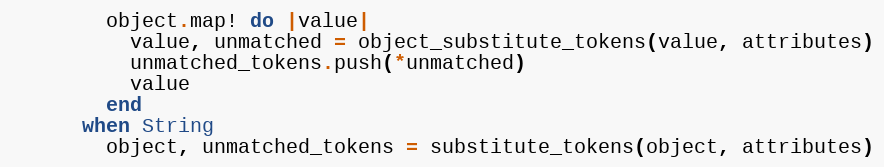
Language: Ruby
        object.map! do |value|
          value, unmatched = object_substitute_tokens(value, attributes)
          unmatched_tokens.push(*unmatched)
          value
        end
      when String
        object, unmatched_tokens = substitute_tokens(object, attributes)